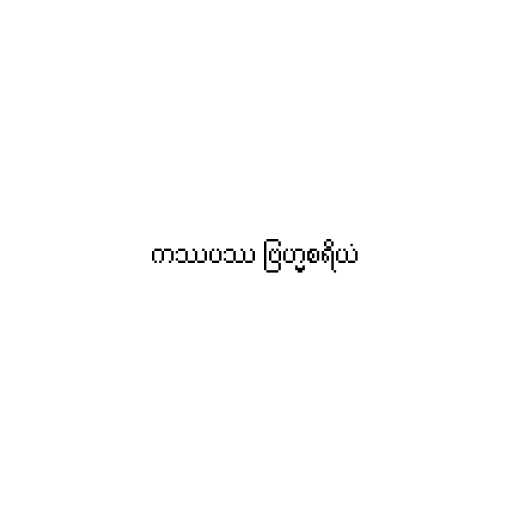
ကဿပဿ ဗြဟ္မစရိယံ